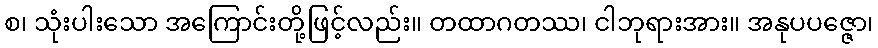
စ၊ သုံးပါးသော အကြောင်းတို့ဖြင့်လည်း။ တထာဂတဿ၊ ငါဘုရားအား။ အနုပပဇ္ဇော၊